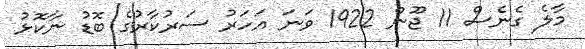
މާލެ ގެނެސް 11 ޖޫން 1922 ވަނަ އަހަރު ސަރުކާރުގެ ބޮޑު ނާކޮޅު